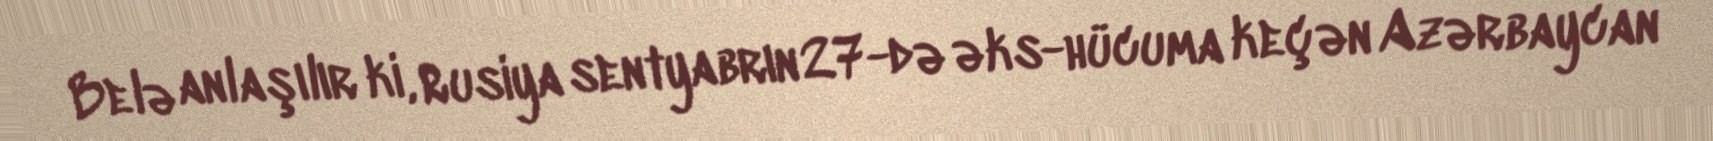
Belə anlaşılır ki, Rusiya sentyabrın 27-də əks-hücuma keçən Azərbaycan